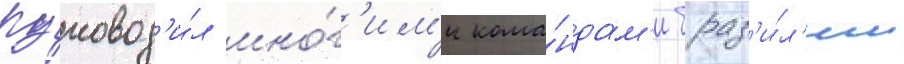
Руковод'и́л мно́г'им'и кома́ндам'и браз'и́л'ии